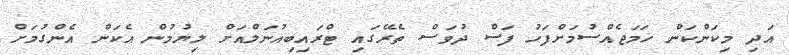
އަދި މިކަންކަން ހަމަޖެއްސުމަށްފަހު ފަސް ދުވަސް ތެރޭގައި ޓްރައިބިއުނަލްއަށް ލިޔުމުން އެކަން އެންގުމަށް